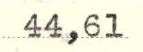
44,61